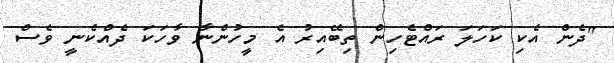
"ދެން އެކި ކަހަލަ ރައްޓެހިން ތިބޭއިރު އެ މީހުންނާ ވާހަކަ ދެއްކެނީ ވެސް